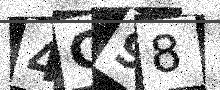
Text: 4G98